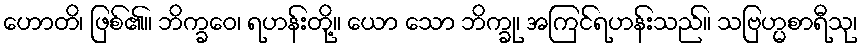
ဟောတိ၊ ဖြစ်၏။ ဘိက္ခဝေ၊ ရဟန်းတို့။ ယော သော ဘိက္ခု၊ အကြင်ရဟန်းသည်။ သဗြဟ္မစာရီသု၊